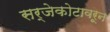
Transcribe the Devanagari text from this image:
सर्जेकोटावरून